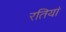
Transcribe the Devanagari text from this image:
रतियां